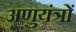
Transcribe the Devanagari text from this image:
अणुयंत्रों